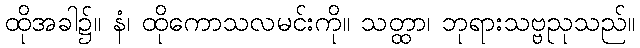
ထိုအခါ၌။ နံ၊ ထိုကောသလမင်းကို။ သတ္ထာ၊ ဘုရားသဗ္ဗညုသည်။